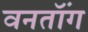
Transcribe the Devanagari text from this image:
वनतॉंग